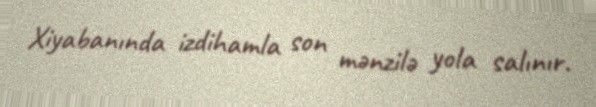
Xiyabanında izdihamla son mənzilə yola salınır.